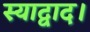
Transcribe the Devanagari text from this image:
स्याद्वाद।